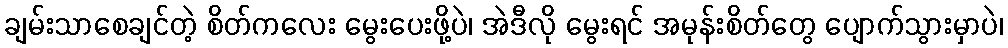
ချမ်းသာစေချင်တဲ့ စိတ်ကလေး မွေးပေးဖို့ပဲ၊ အဲဒီလို မွေးရင် အမုန်းစိတ်တွေ ပျောက်သွားမှာပဲ၊